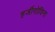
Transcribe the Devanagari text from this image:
हर्जीगोविना